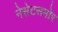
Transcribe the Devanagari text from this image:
नेसेटसमोर